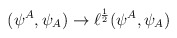
\begin{align*}(\psi^A,\psi_A) \rightarrow \ell^{1 \over 2}(\psi^A,\psi_A)\end{align*}